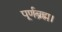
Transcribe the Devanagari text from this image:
पूर्णब्रह्म।